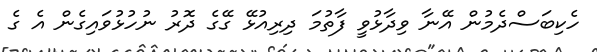
ހެކިބަސްދެމުން އޭނާ ވިދާޅުވީ ފާތުމަ ދިރިއުޅޭ ގޭގެ ދޮރު ނުހުޅުވައިގެން އެ ގެ